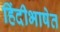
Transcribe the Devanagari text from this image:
हिंदीभाषेत